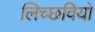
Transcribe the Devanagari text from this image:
लिच्छवियो